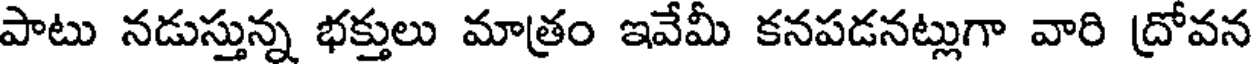
పాటు నడుస్తున్న భక్తులు మాత్రం ఇవేమీ కనపడనట్లుగా వారి ద్రోవన